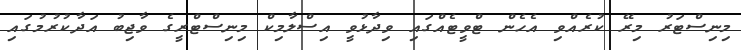
މިނިސްޓަރު މިރޭ ކުރެއްވި އެހެން ޓްވީޓެއްގައި ވިދާޅުވީ އިސްލާމިކް މިނިސްޓްރީގެ ވާޖިބު އަދާކުރުމުގައި